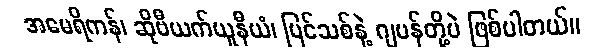
အမေရိကန်၊ ဆိုဗီယက်ယူနီယံ၊ ပြင်သစ်နဲ့ ဂျပန်တို့ပဲ ဖြစ်ပါတယ်။